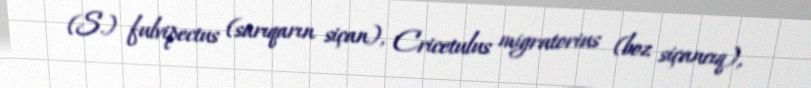
(S.) fulvipectus (sarıqarın siçan), Cricetulus migratorius (boz siçancıq),